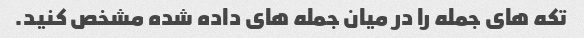
تکه های جمله را در میان جمله های داده شده مشخص کنید.